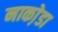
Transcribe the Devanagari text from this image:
नाका़ेडा